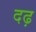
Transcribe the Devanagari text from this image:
दढ़